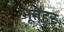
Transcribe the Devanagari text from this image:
भूतहर